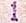
1